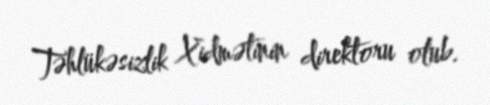
Təhlükəsizlik Xidmətinin direktoru olub.